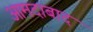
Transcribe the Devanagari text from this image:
आमदाबाद